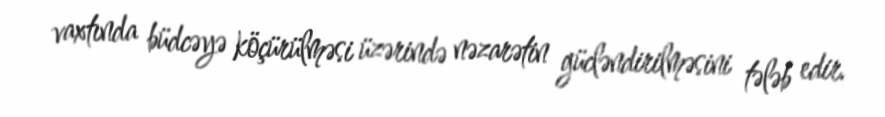
vaxtında büdcəyə köçürülməsi üzərində nəzarətin gücləndirilməsini tələb edir.